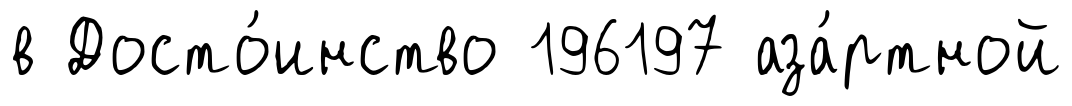
в Досто́инство 196197 аза́ртной